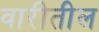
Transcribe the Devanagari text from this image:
वारीतील